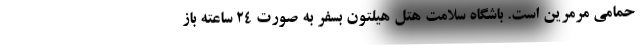
حمامی مرمرین است. باشگاه سلامت هتل هیلتون بسفر به صورت 24 ساعته باز